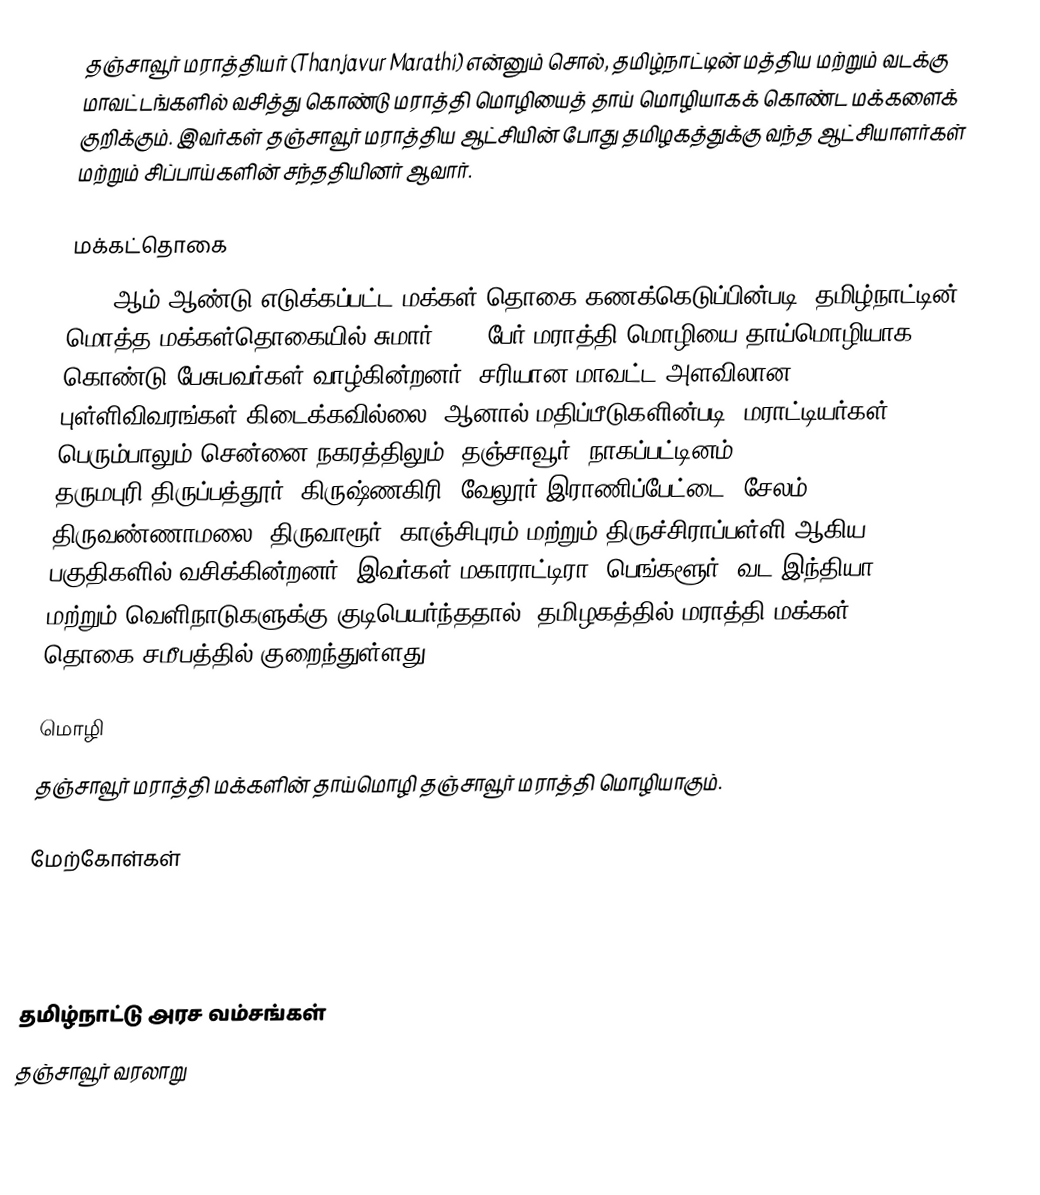
தஞ்சாவூர் மராத்தியர் (Thanjavur Marathi) என்னும் சொல், தமிழ்நாட்டின் மத்திய மற்றும் வடக்கு மாவட்டங்களில் வசித்து கொண்டு மராத்தி மொழியைத் தாய் மொழியாகக் கொண்ட மக்களைக் குறிக்கும். இவர்கள் தஞ்சாவூர் மராத்திய ஆட்சியின் போது தமிழகத்துக்கு வந்த ஆட்சியாளர்கள் மற்றும் சிப்பாய்களின் சந்ததியினர் ஆவார்.

மக்கட்தொகை
2001 ஆம் ஆண்டு எடுக்கப்பட்ட மக்கள் தொகை கணக்கெடுப்பின்படி, தமிழ்நாட்டின் மொத்த மக்கள்தொகையில் சுமார் 0.1% பேர் மராத்தி மொழியை தாய்மொழியாக கொண்டு பேசுபவர்கள் வாழ்கின்றனர். சரியான மாவட்ட அளவிலான புள்ளிவிவரங்கள் கிடைக்கவில்லை, ஆனால் மதிப்பீடுகளின்படி, மராட்டியர்கள் பெரும்பாலும் சென்னை நகரத்திலும், தஞ்சாவூர், நாகப்பட்டினம், தருமபுரி,திருப்பத்தூர் ,கிருஷ்ணகிரி, வேலூர்,இராணிப்பேட்டை, சேலம், திருவண்ணாமலை, திருவாரூர், காஞ்சிபுரம் மற்றும் திருச்சிராப்பள்ளி ஆகிய பகுதிகளில் வசிக்கின்றனர். இவர்கள் மகாராட்டிரா, பெங்களூர், வட இந்தியா மற்றும் வெளிநாடுகளுக்கு குடிபெயர்ந்ததால், தமிழகத்தில் மராத்தி மக்கள் தொகை சமீபத்தில் குறைந்துள்ளது.

மொழி
தஞ்சாவூர் மராத்தி மக்களின் தாய்மொழி தஞ்சாவூர் மராத்தி மொழியாகும்.

மேற்கோள்கள்

தமிழ்நாட்டு அரச வம்சங்கள்
தஞ்சாவூர் வரலாறு